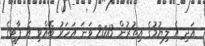
އަދި އެ ލިޔުމުގެ އިތުރުން 2013 ވަނަ އަހަރު ބޭއްވި އެ ޕާޓީގެ